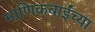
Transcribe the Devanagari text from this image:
माणिकबाईंच्या